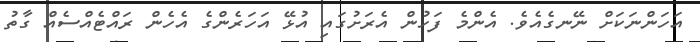
އަހަންނަކަށް ނޭނގެއެވެ. އެންމެ ފަހުން އެރަށުގައި އުޅޭ އަހަރެންގެ އެެހެން ރައްޓެއްސެއް ގާތު